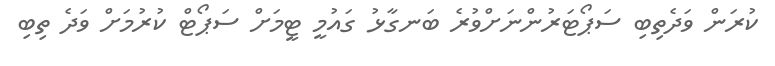
ކުރަން ވަދެތިބި ސަޕޯޓަރުންނަށްވުރެ ބަނގާޅު ގައުމީ ޓީމަށް ސަޕޯޓް ކުރުމަށް ވަދެ ތިބި